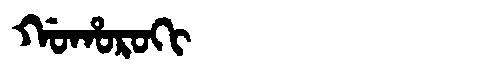
Manchu: ᡤᠣᡥᠣᡵᠣᡴᡳ
Romanization: GOHOROKI